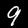
Digit: 9